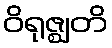
ဝိရုဇ္ဈတိ